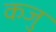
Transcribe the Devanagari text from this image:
कजु